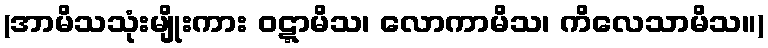
(အာမိသသုံးမျိုးကား ဝဋ္ဋာမိသ၊ လောကာမိသ၊ ကိလေသာမိသ။)